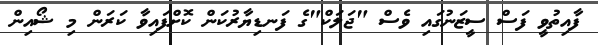
ފާއިތުވީ ފަސް ސީޒަނުގައި ވެސް "ޖަލަކް"ގެ ފަނޑިޔާރުކަން ކޮށްފައިވާ ކަރަން މި ޝޯއިން